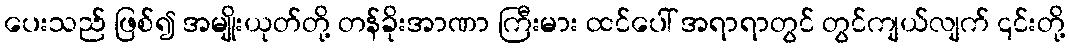
ပေးသည် ဖြစ်၍ အမျိုးယုတ်တို့ တန်ခိုးအာဏာ ကြီးမား ထင်ပေါ် အရာရာတွင် တွင်ကျယ်လျက် ၎င်းတို့